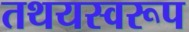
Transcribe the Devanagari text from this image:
तथयस्वरूप